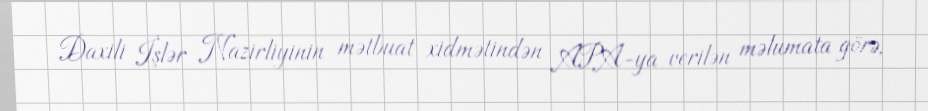
Daxili İşlər Nazirliyinin mətbuat xidmətindən APA-ya verilən məlumata görə,